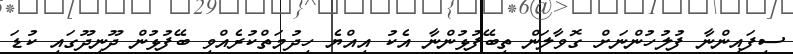
ސިފައިންނާ ފުލުހުންނަށް ގޮވާލަން ތިބޭފުޅުންނާ އެކު އިއްޔެ ހިދުމަތްކުރެއްވި ބޭފުޅުން ދޫނިދޫގައި ކުޑަ